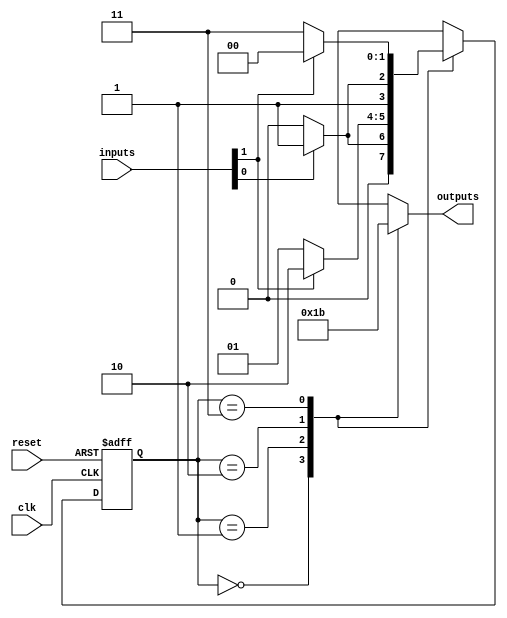
module ParameterizedStateMachine #(
    parameter NUM_STATES = 4,      // Number of states
    parameter NUM_INPUTS = 2,      // Number of inputs
    parameter NUM_OUTPUTS = 2       // Number of outputs
)(
    input wire clk,                 // Clock signal
    input wire reset,               // Asynchronous reset
    input wire [NUM_INPUTS-1:0] inputs, // Input signals
    output reg [NUM_OUTPUTS-1:0] outputs // Output signals
);

    // State encoding
    localparam STATE_0 = 2'b00;
    localparam STATE_1 = 2'b01;
    localparam STATE_2 = 2'b10;
    localparam STATE_3 = 2'b11;
    // Add more states if NUM_STATES > 4

    // Current state and next state registers
    reg [1:0] current_state, next_state;

    // State transition logic
    always @(*) begin
        case (current_state)
            STATE_0: begin
                if (inputs[0]) next_state = STATE_1;
                else next_state = STATE_0;
            end
            STATE_1: begin
                if (inputs[1]) next_state = STATE_2;
                else next_state = STATE_1;
            end
            STATE_2: begin
                if (inputs[0]) next_state = STATE_3;
                else next_state = STATE_2;
            end
            STATE_3: begin
                if (inputs[1]) next_state = STATE_0;
                else next_state = STATE_3;
            end
            default: next_state = STATE_0; // Default to initial state
        endcase
    end

    // State update logic
    always @(posedge clk or posedge reset) begin
        if (reset) begin
            current_state <= STATE_0; // Reset to initial state
        end else begin
            current_state <= next_state; // Update current state
        end
    end

    // Output logic based on current state
    always @(*) begin
        case (current_state)
            STATE_0: outputs = 2'b00; // Outputs for STATE_0
            STATE_1: outputs = 2'b01; // Outputs for STATE_1
            STATE_2: outputs = 2'b10; // Outputs for STATE_2
            STATE_3: outputs = 2'b11; // Outputs for STATE_3
            default: outputs = 2'b00; // Default output
        endcase
    end

endmodule